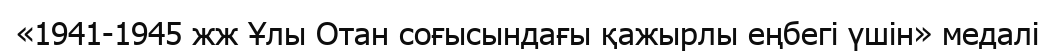
«1941-1945 жж Ұлы Отан соғысындағы қажырлы еңбегі үшін» медалі